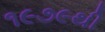
૧૯૭૯થી